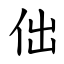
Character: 㑁